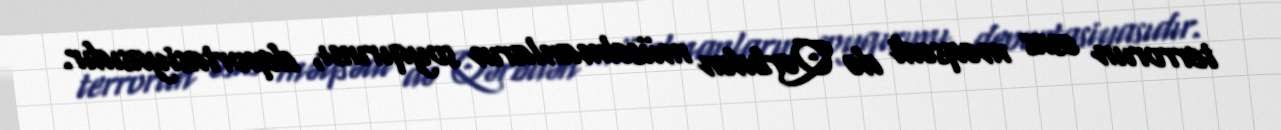
terrorun əsas məqsədi də Qərbdən müsəlmanların soyqırımı, deportasiyasıdır.